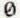
0